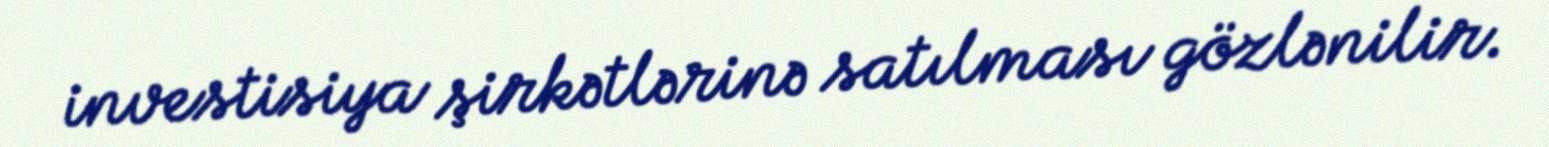
investisiya şirkətlərinə satılması gözlənilir.